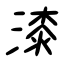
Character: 漆